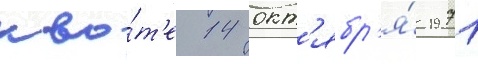
кво́т'е 14 окт'ябр'я́ 1971